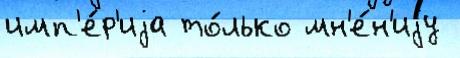
имп'е́р'иjа то́лько мн'е́н'иjу